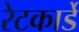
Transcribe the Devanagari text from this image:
रेटकार्डे